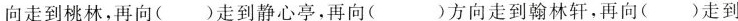
向走到桃林，再向( )走到静心亭，再向( )方向走到翰林轩，再向( )走到竹